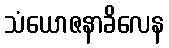
သံယောဇနာခိလေန